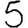
Digit: 5